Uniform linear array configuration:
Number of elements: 32
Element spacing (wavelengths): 0.75
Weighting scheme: hann
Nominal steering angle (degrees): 60
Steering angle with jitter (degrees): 59.126
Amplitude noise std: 0.05
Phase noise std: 0.05

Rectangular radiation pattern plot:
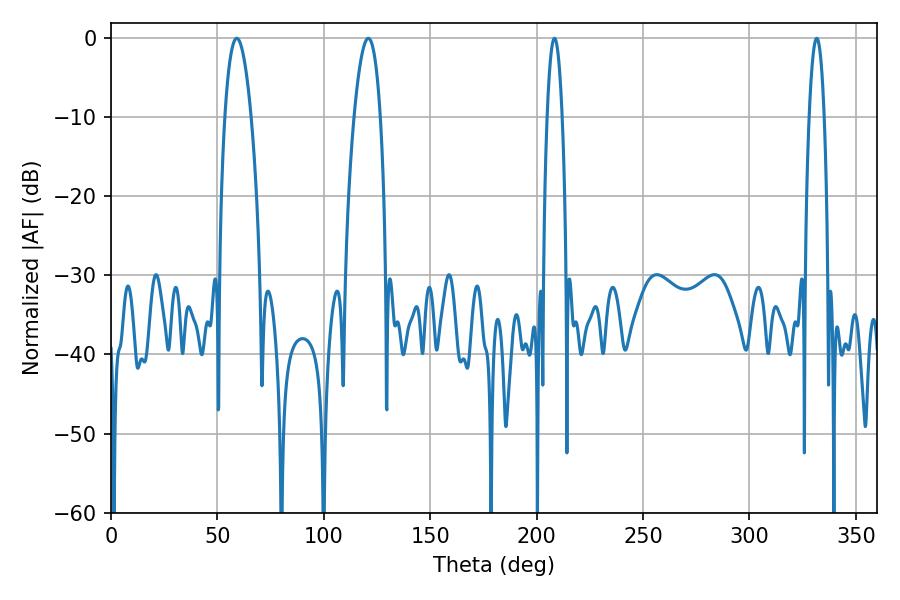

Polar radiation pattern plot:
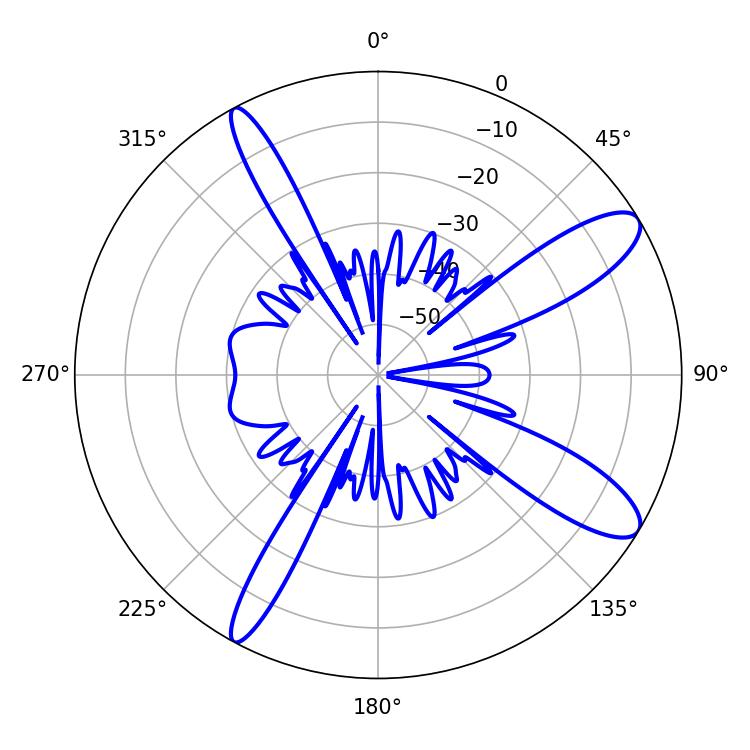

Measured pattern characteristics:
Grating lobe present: TRUE
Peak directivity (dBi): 11.27
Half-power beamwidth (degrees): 6.84
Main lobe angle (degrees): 59.04